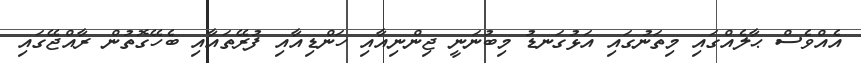
އެއްވެސް ޙާލެއްގައި މިތަނުގައި އަޅުގަނޑު މިބުނަނީ ޖިންނިއާއި ހަންޑިއާއި ފުރޭތައާއި ބެހޭގޮތުން ރާއްޖޭގައި